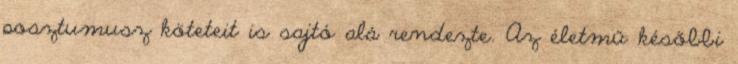
posztumusz köteteit is sajtó alá rendezte. Az életmű későbbi